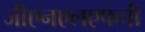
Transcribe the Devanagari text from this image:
जीएनएलएफची